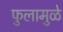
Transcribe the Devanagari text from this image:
फुलामुळे